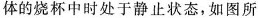
体的烧杯中时处于静止状态，如图所